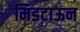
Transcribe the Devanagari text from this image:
मिडटाऊन